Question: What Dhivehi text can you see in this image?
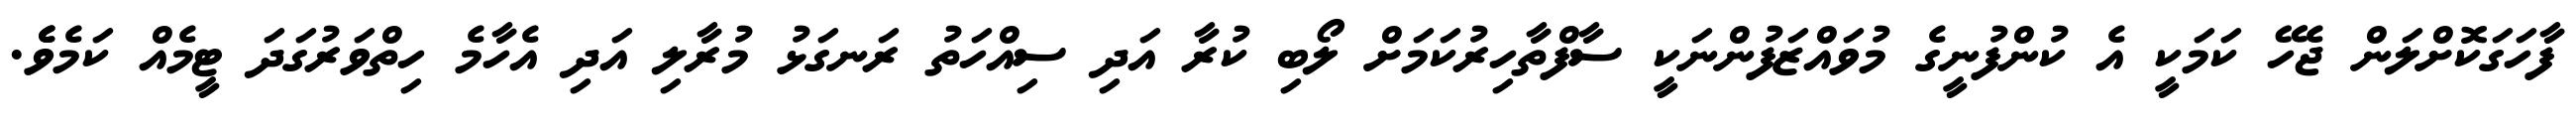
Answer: ފާހަގަކޮށްލަން ޖެހޭ ކަމަކީ އެ ކުންފުނީގެ މުވައްޒަފުންނަކީ ސާފްތާހިރުކަމަށް ލޯބި ކުރާ އަދި ސިއްހަތު ރަނގަޅު މުރާލި އަދި އެހާމެ ހިތްވަރުގަދަ ޓީމެއް ކަމެވެެ.